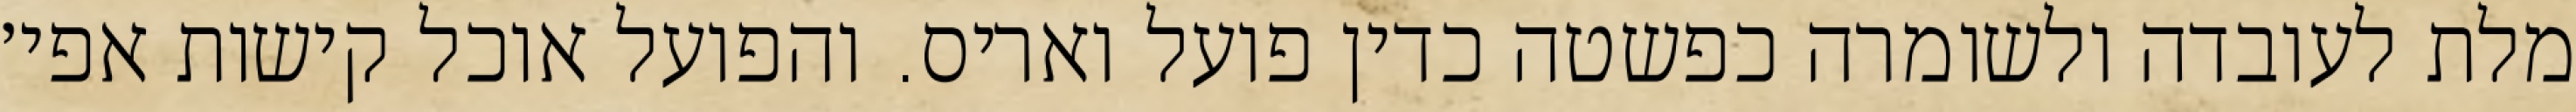
מלת לעובדה ולשומרה כפשטה כדין פועל ואריס. והפועל אוכל קישות אפי׳